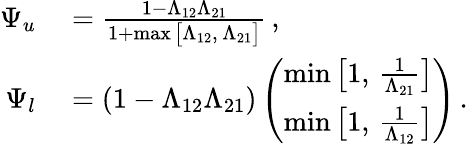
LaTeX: \begin{array}{rl}{\Psi_{u}}&{{}=\frac{1-\Lambda_{12}\Lambda_{21}}{1+\operatorname*{max}\big[\Lambda_{12},\, \Lambda_{21}\big]}\, ,}\\ {\Psi_{l}}&{{}=(1-\Lambda_{12}\Lambda_{21})\left(\begin{array}{l}{\operatorname*{min}\big[1,\, \frac{1}{\Lambda_{21}}\big]}\\ {\operatorname*{min}\big[1,\, \frac{1}{\Lambda_{12}}\big]}\end{array}\right)\, .}\end{array}